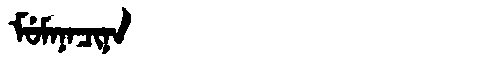
Manchu: ᠮᡠᠮᠠᠨᠠᠴᡳᠨᠠ
Romanization: MUMANACINA